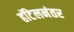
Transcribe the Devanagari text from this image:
हॉटेलनंतर